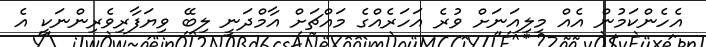
އެހެންކަމުން އެއް މިލިއަނަށް ވުރެ އަހަރެއްގެ މައްޗަށް އާމްދަނީ ލިބޭ ވިޔަފާރިވެރިންނަކީ އެ